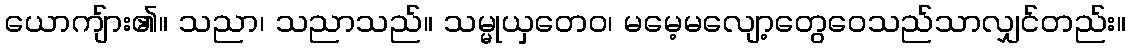
ယောကျ်ား၏။ သညာ၊ သညာသည်။ သမ္မုယှတေဝ၊ မမေ့မလျော့တွေဝေသည်သာလျှင်တည်း။